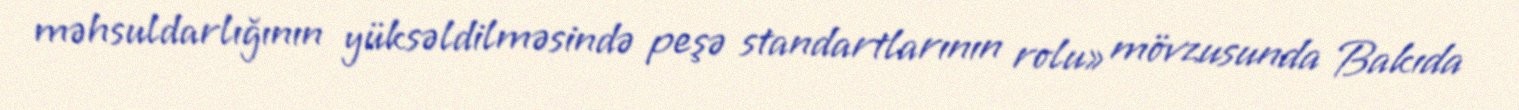
məhsuldarlığının yüksəldilməsində peşə standartlarının rolu» mövzusunda Bakıda